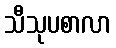
သီသုပစာလာ